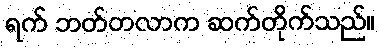
ရက် ဘတ်တလာက ဆက်တိုက်သည်။